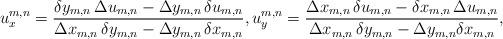
LaTeX: \begin{align*}u_x^{m,n} = \frac{\delta y_{m,n}\, \Delta u_{m,n} - \Delta y_{m,n}\, \delta u_{m,n}}{\Delta x_{m,n}\, \delta y_{m,n} - \Delta y_{m,n}\, \delta x_{m,n}},u_y^{m,n} = \frac{\Delta x_{m,n}\, \delta u_{m,n} - \delta x_{m,n}\, \Delta u_{m,n}}{\Delta x_{m,n}\, \delta y_{m,n} - \Delta y_{m,n} \delta x_{m,n}},\end{align*}